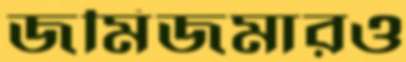
জমিজমারও